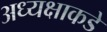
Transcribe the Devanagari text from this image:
अध्यक्षाकडे